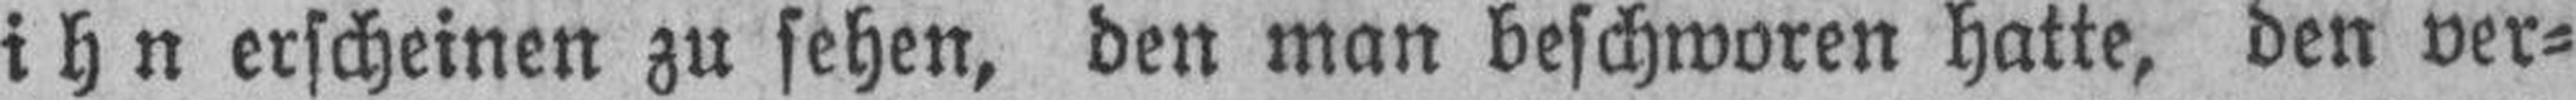
ihn erscheinen zu sehen, den man beschworen hatte, den ver¬